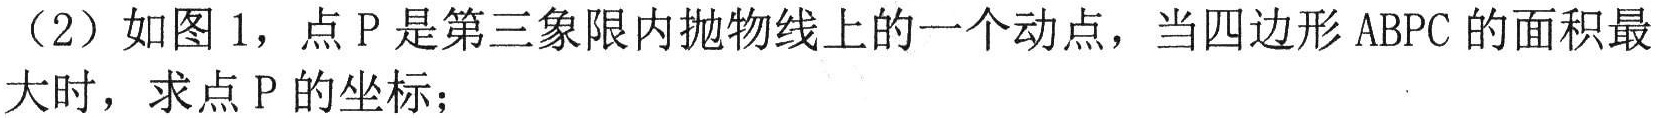
（2）如图1，点P是第三象限内抛物线上的一个动点，当四边形ABPC的面积最大时，求点P的坐标；